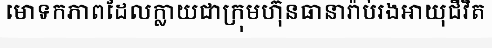
មោទកភាពដែលក្លាយជាក្រុមហ៊ុនធានារ៉ាប់រងអាយុជីវិត